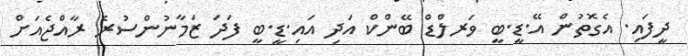
ދީފައި. އެގޮތުން އޭ.ޑީ.ބީ ވަރލްޑް ބޭންކް އަދި އައި.ޑީ.ބީ ފަދަ ޒަމާނުންސުރެ ރާއްޖެއަށް